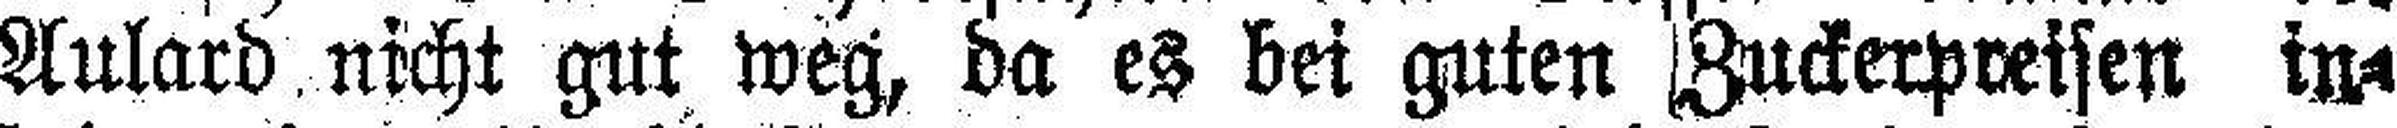
Aulard nicht gut weg, da es bei guten Zuckerpreisen in¬